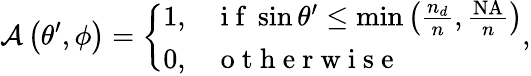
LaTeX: \mathcal{A}\left(\theta^{\prime},\phi\right)=\left\{ \begin{array}{ll}{1,}&{\mathrm{~i~f~}\sin{\theta^{\prime}}\leq\operatorname*{min}\left(\frac{n_{d}}{n},\frac{\mathrm{NA}}{n}\right)}\\ {0,}&{\mathrm{~o~t~h~e~r~w~i~s~e~}}\end{array}\right.,